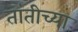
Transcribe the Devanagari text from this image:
तांतीच्या